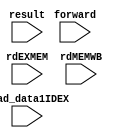
`timescale 1ns / 1ps
//////////////////////////////////////////////////////////////////////////////////
// Company: 
// Engineer: 
// 
// Design Name: 
// Module Name: Mux3x1
// Project Name: 
// Target Devices: 
// Tool Versions: 
// Description: 
// 
// Dependencies: 
// 
// Revision:
// Revision 0.01 - File Created
// Additional Comments:
// 
//////////////////////////////////////////////////////////////////////////////////


module Mux3x1(
 input read_data1IDEX,
 input [1:0] forward,
 input [4:0] result,
 input [4:0] rdEXMEM,
 input [4:0] rdMEMWB
    );
    
endmodule